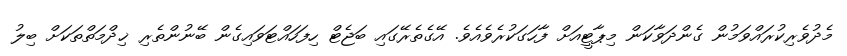
މެދުވެރިކުރައްވަމުން ގެންދަވާކަން މިޕާޓީއަށް ފާހަގަކުރެވެއެވެ. އޭގެތެރޭގައި ބަޖެޓް ހިފަހައްޓަވައިގެން ބޭނުންތެރި ޚިދްމަތްތަކަށް ބިލު